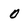
Character: 0